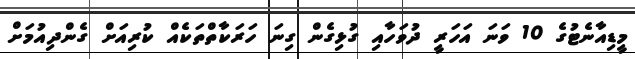
މީޑިއާނެޓުގެ 10 ވަނަ އަހަރީ ދުވަހާއި ގުޅިގެން ގިނަ ހަރަކާތްތަކެއް ކުރިއަށް ގެންދިއުމަށް